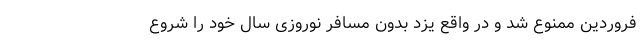
فروردین ممنوع شد و در واقع یزد بدون مسافر نوروزی سال خود را شروع